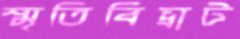
স্মৃতিবিভ্রাট